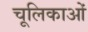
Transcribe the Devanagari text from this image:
चूलिकाओं